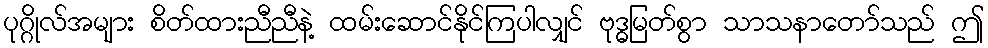
ပုဂ္ဂိုလ်အများ စိတ်ထားညီညီနဲ့ ထမ်းဆောင်နိုင်ကြပါလျှင် ဗုဒ္ဓမြတ်စွာ သာသနာတော်သည် ဤ